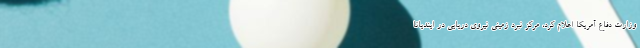
وزارت دفاع آمریکا اعلام کرد، مرکز نبرد زمینی نیروی دریایی در ایندیانا